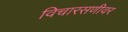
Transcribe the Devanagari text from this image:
विचारसणीवर